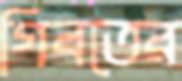
গিবতের